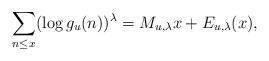
LaTeX: \begin{align*}\sum_{n\leq x}(\log g_{u}(n))^{\lambda}=M_{u,\lambda}x+E_{u,\lambda}(x),\end{align*}